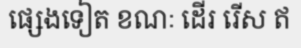
ផ្សេងទៀត ខណៈ ដើរ រើស ឥ